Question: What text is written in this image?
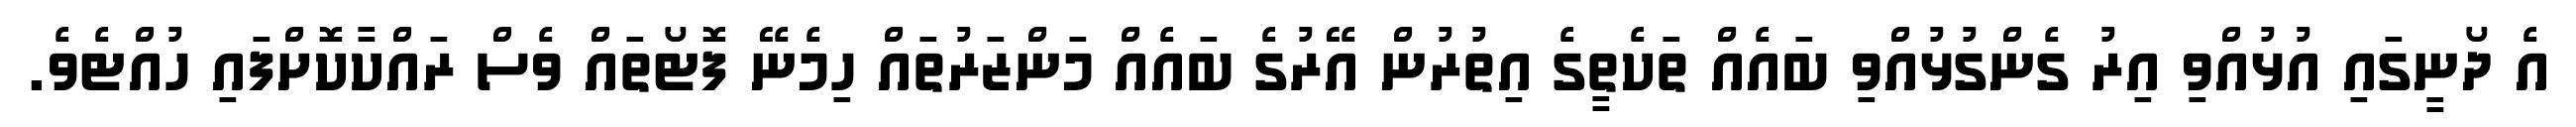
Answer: އެ ދޯނީގައި އުޅުއްވި އިރު ގެންގުޅުއްވި ބައެއް ތަކެތީގެ އިތުރުން އޭރުގެ ބައެއް މަންޒަރުތައް ހިމެނޭ ފޮޓޯތައް ވެސް ރައްކާކޮށްފައި ހުއްޓެވެ.